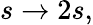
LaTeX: s\to 2s,